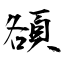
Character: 頟